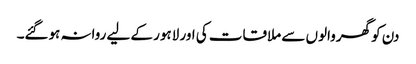
دن کو گھروالوں سے ملاقات کی اور لاہور کے لیے روانہ ہوگئے۔